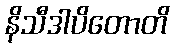
နိသီဒါပိတောတိ